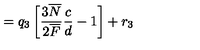
= q _ { 3 } \left[ \frac { 3 \overline { { N } } } { 2 \overline { { F } } } \frac { c } { d } - 1 \right] + r _ { 3 }